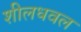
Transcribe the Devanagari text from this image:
शीलधवल